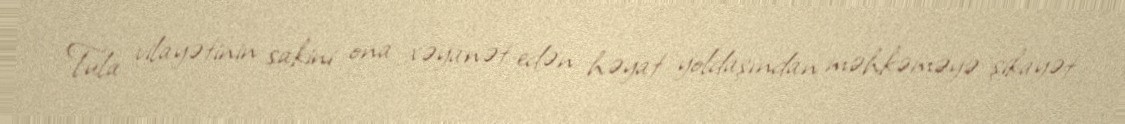
Tula vilayətinin sakini ona xəyanət edən həyat yoldaşından məhkəməyə şikayət